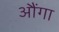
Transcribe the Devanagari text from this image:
औंगा